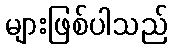
များဖြစ်ပါသည်